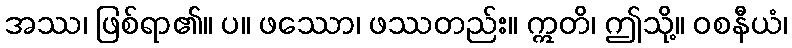
အဿ၊ ဖြစ်ရာ၏။ ပ။ ဖဿော၊ ဖဿတည်း။ ဣတိ၊ ဤသို့။ ဝစနီယံ၊